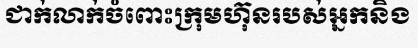
ជាក់លាក់ចំពោះក្រុមហ៊ុនរបស់អ្នកនិង